Document type: Testament
Year: 1362
Scribe: Berenguer Vergós
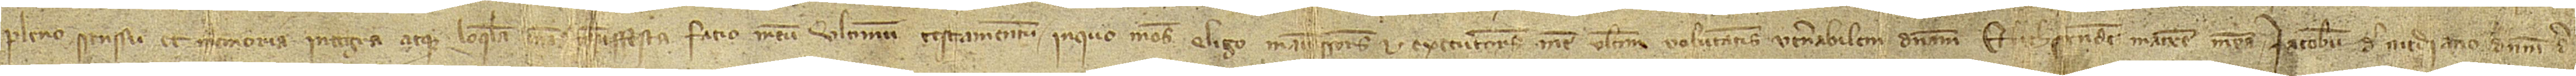
pleno senssu et memoria integra atque loquela mea maniffesta, facio meum ultimum testamentum, in quo meos eligo manumissores et executores mee ultime voluntatis venerabilem dominam Elichsendem, matrem meam, Iacobum de Mediano, dominum de